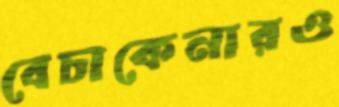
বেচাকেনারও